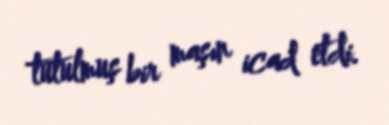
tutulmuş bir maşın icad etdi.